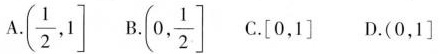
A.(\frac{1}{2},1\right] B. (0, \frac{1}{2}\right] C.\left[0，1\right] D.(0，1\right]